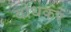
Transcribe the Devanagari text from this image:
बोधकर